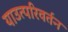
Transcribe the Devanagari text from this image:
याउत्परिवर्तन